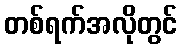
တစ်ရက်အလိုတွင်